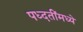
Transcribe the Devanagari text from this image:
पध्दतींमध्ये